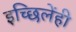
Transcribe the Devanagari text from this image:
इच्छिलेंही